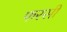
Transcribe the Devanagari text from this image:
फरसी